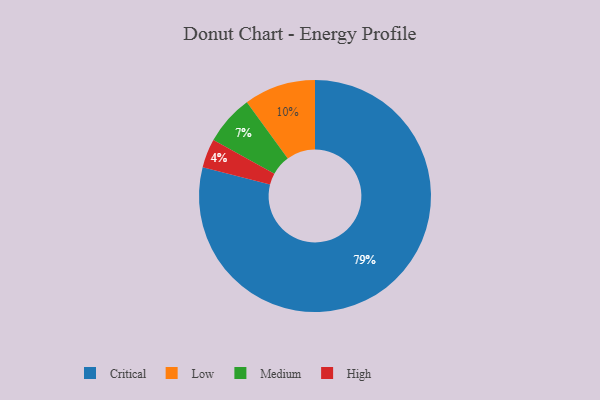
{"axis": {"x": "Category", "y": "Percentage"}, "legend": ["Critical", "High", "Low", "Medium"], "data": [{"x": "Critical", "y": 79, "type": "Critical"}, {"x": "High", "y": 4, "type": "High"}, {"x": "Medium", "y": 7, "type": "Medium"}, {"x": "Low", "y": 10, "type": "Low"}]}